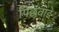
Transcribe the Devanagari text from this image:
पिछवाडे